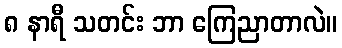
၈ နာရီ သတင်း ဘာ ကြေညာတာလဲ။